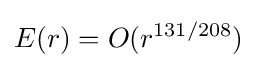
E(r)=O(r^{131/208})